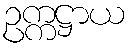
ဥက္ကဋ္ဌာယ